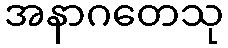
အနာဂတေသု